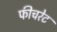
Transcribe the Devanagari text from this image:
फीचरेट